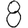
Digit: 8